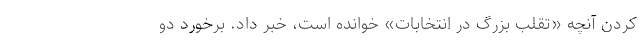
کردن آنچه «تقلب بزرگ در انتخابات» خوانده است، خبر داد. برخورد دو